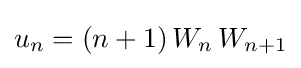
u_{n}=(n+1)\,W_{n}\,W_{n+1}